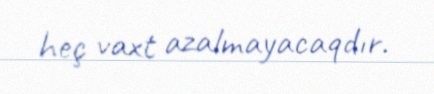
heç vaxt azalmayacaqdır.